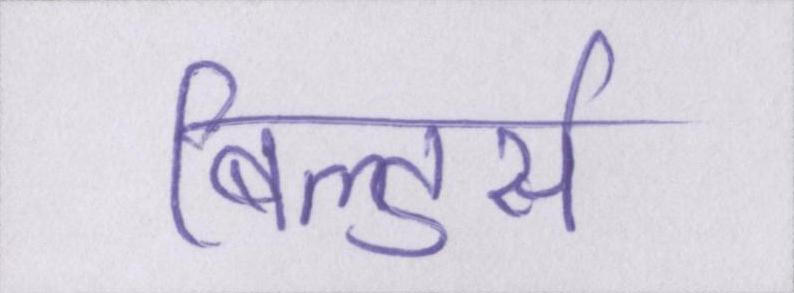
बिल्डर्स